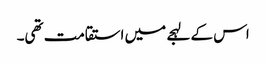
اس کے لہجے میں استقامت تھی۔